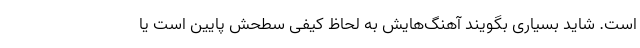
است. شاید بسیاری بگویند آهنگ‌هایش به لحاظ کیفی سطحش پایین است یا